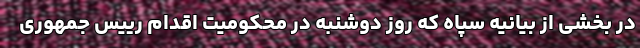
در بخشی از بیانیه سپاه که روز دوشنبه در محکومیت اقدام رییس جمهوری